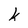
Character: k